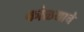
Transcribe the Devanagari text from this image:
कोळयाचे